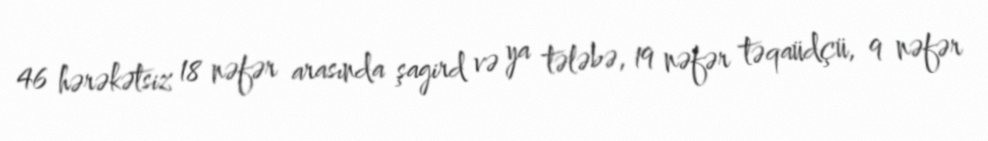
46 hərəkətsiz 18 nəfər arasında şagird və ya tələbə, 19 nəfər təqaüdçü, 9 nəfər